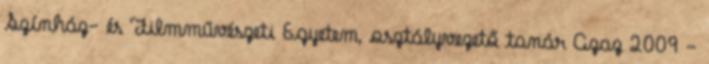
Színház- és Filmművészeti Egyetem, osztályvezető tanár Azaz 2009 -